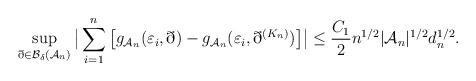
LaTeX: \begin{align*}\sup_{\eth \in {\cal B}_\delta({\cal A}_n)} \big| \sum^n_{i=1} \big[ g_{{\cal A}_n}(\varepsilon_i,\eth) -g_{{\cal A}_n}(\varepsilon_i,\eth^{(K_n)}) \big] \big| \leq \frac{C_1}{2} n^{1/2} |{\cal A}_n|^{1/2} d_n^{1/2}.\end{align*}